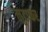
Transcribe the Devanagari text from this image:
लुटाकर